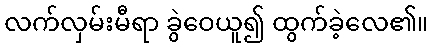
လက်လှမ်းမီရာ ခွဲဝေယူ၍ ထွက်ခဲ့လေ၏။